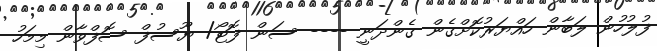
ފުލުހުން ލަބާން ހައްޔަރުކޮށްގެން ގެންދަނީ ---- ސަން ފޮޓޯ/ ޔޫސުފް ސޮފްވާން މިމަހު